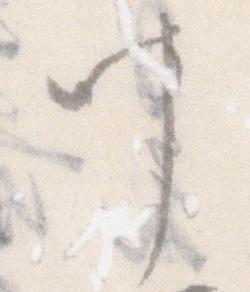
叶